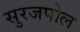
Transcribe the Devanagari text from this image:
सुरजपोल